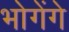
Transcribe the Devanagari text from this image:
भोगेंगे